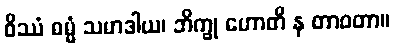
ဝိဿံ ဓမ္မံ သမာဒါယ၊ ဘိက္ခု ဟောတိ န တာဝတာ။